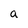
Character: a